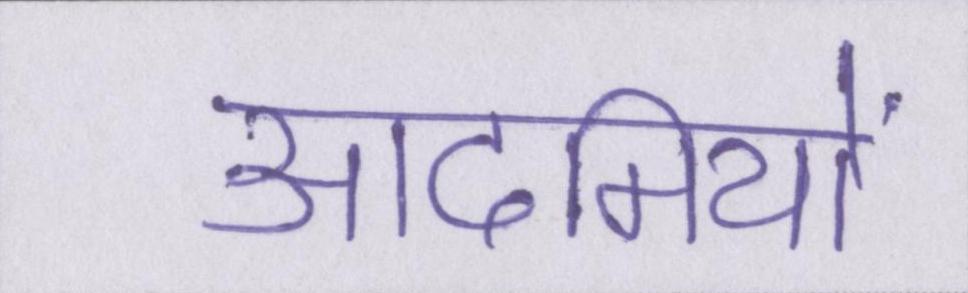
आदमियों